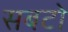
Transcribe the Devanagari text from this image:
सबटो